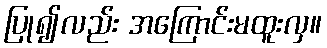
ပြု၍လည်း အကြောင်းမထူးလှ။